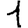
Digit: 1